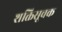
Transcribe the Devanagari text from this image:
शक्तिसूचक